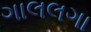
ગાલલગા